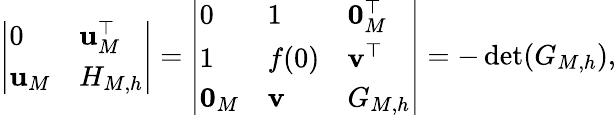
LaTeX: \left|\begin{array}{ll}{0}&{{\mathbf u}_{M}^{\top}}\\ {{\mathbf u}_{M}}&{H_{M,h}}\end{array}\right|=\left|\begin{array}{lll}{0}&{1}&{{\mathbf 0}_{M}^{\top}}\\ {1}&{f(0)}&{{\mathbf v}^{\top}}\\ {{\mathbf 0}_{M}}&{{\mathbf v}}&{G_{M,h}}\end{array}\right|=-\operatorname*{d\mathrm{e}t}(G_{M,h}),